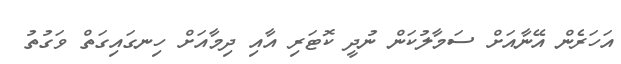
އަހަރެން އޭނާއަށް ސަމާލުކަން ނުދީ ކޮޓަރި އާއި ދިމާއަށް ހިނގައިގަތް ވަގުތު